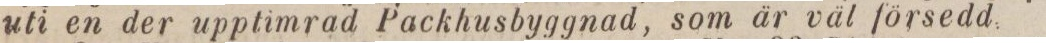
uti en der upptimrad Packhusbyggnad, som är väl försedd.